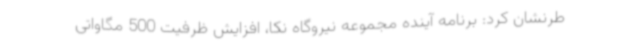
طرنشان کرد: برنامه آینده مجموعه نیروگاه نکا، افزایش ظرفیت 500 مگاواتی